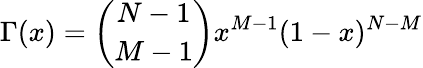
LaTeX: \Gamma(x)=\binom{N-1}{M-1}x^{M-1}(1-x)^{N-M}